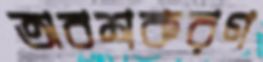
অবশকরণ